Leaving Certificate, 1937
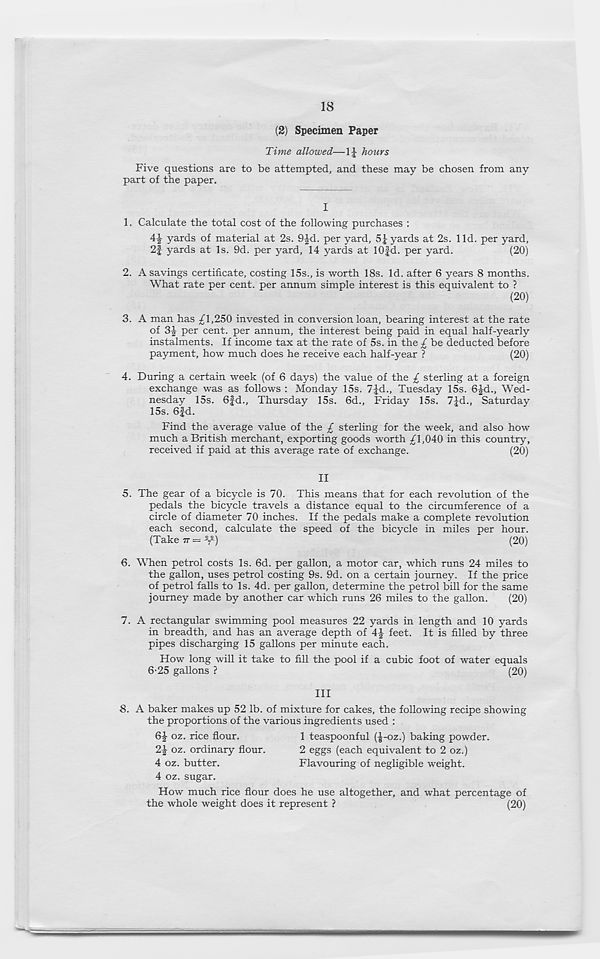
18
(2) Specimen Paper
Time allowed—1J hours
Five questions are to be attempted, and these may be chosen from any
part of the paper.
I
1. Calculate the total cost of the following purchases :
4% yards of material at 2s. 9|d. per yard, 51 yards at 2s. lid. per yard,
2f yards at Is. 9d. per yard, 14 yards at lOfd. per yard.
(20)
2. A savings certificate, costing 15s., is worth 18s. Id. after 6 years 8 months.
What rate per cent, per annum simple interest is this equivalent to ?
(20)
3. A man has ^1,250 invested in conversion loan, bearing interest at the rate
of 3-| per cent, per annum, the interest being paid in equal half-yearly
instalments. If income tax at the rate of 5s. in the £ be deducted before
payment, how much does he receive each half-year ?
(20)
4. During a certain week (of 6 days) the value of the £ sterling at a foreign
exchange was as follows : Monday 15s. 7Jd., Tuesday 15s. 6-£d., Wed-
nesday 15s. 6fd., Thursday 15s. 6d., Friday 15s. 7Jd., Saturday
15s. 6fd.
Find the average value of the £ sterling for the week, and also how
much a British merchant, exporting goods worth /l,040 in this country,
received if paid at this average rate of exchange.
(20)
II
5. The gear of a bicycle is 70. This means that for each revolution of the
pedals the bicycle travels a distance equal to the circumference of a
circle of diameter 70 inches. If the pedals make a complete revolution
each second, calculate the speed of the bicycle in miles per hour.
(Take 77 = -y-)
(20)
6. When petrol costs Is. 6d. per gallon, a motor car, which runs 24 miles to
the gallon, uses petrol costing 9s. 9d. on a certain journey. If the price
of petrol falls to Is. 4d. per gallon, determine the petrol bill for the same
journey made by another car which runs 26 miles to the gallon.
(20)
7. A rectangular swimming pool measures 22 yards in length and 10 yards
in breadth, and has an average depth of 4-| feet. It is filled by three
pipes discharging 15 gallons per minute each.
How long will it take to fill the pool if a cubic foot of water equals
6-25 gallons ?
(20)
III
8.
A baker makes up 52 lb. of mixture for
the proportions of the various ingredients used :
6£ oz. rice flour.
1 teaspoonful (-J-oz.) baking powder.
2£ oz. ordinary flour.
2 eggs (each equivalent to 2 oz.)
4 oz. butter.
Flavouring of negligible weight.
4 oz. sugar.
How much rice flour does he use altogether, and what percentage of
the whole weight does it represent ?
(20)